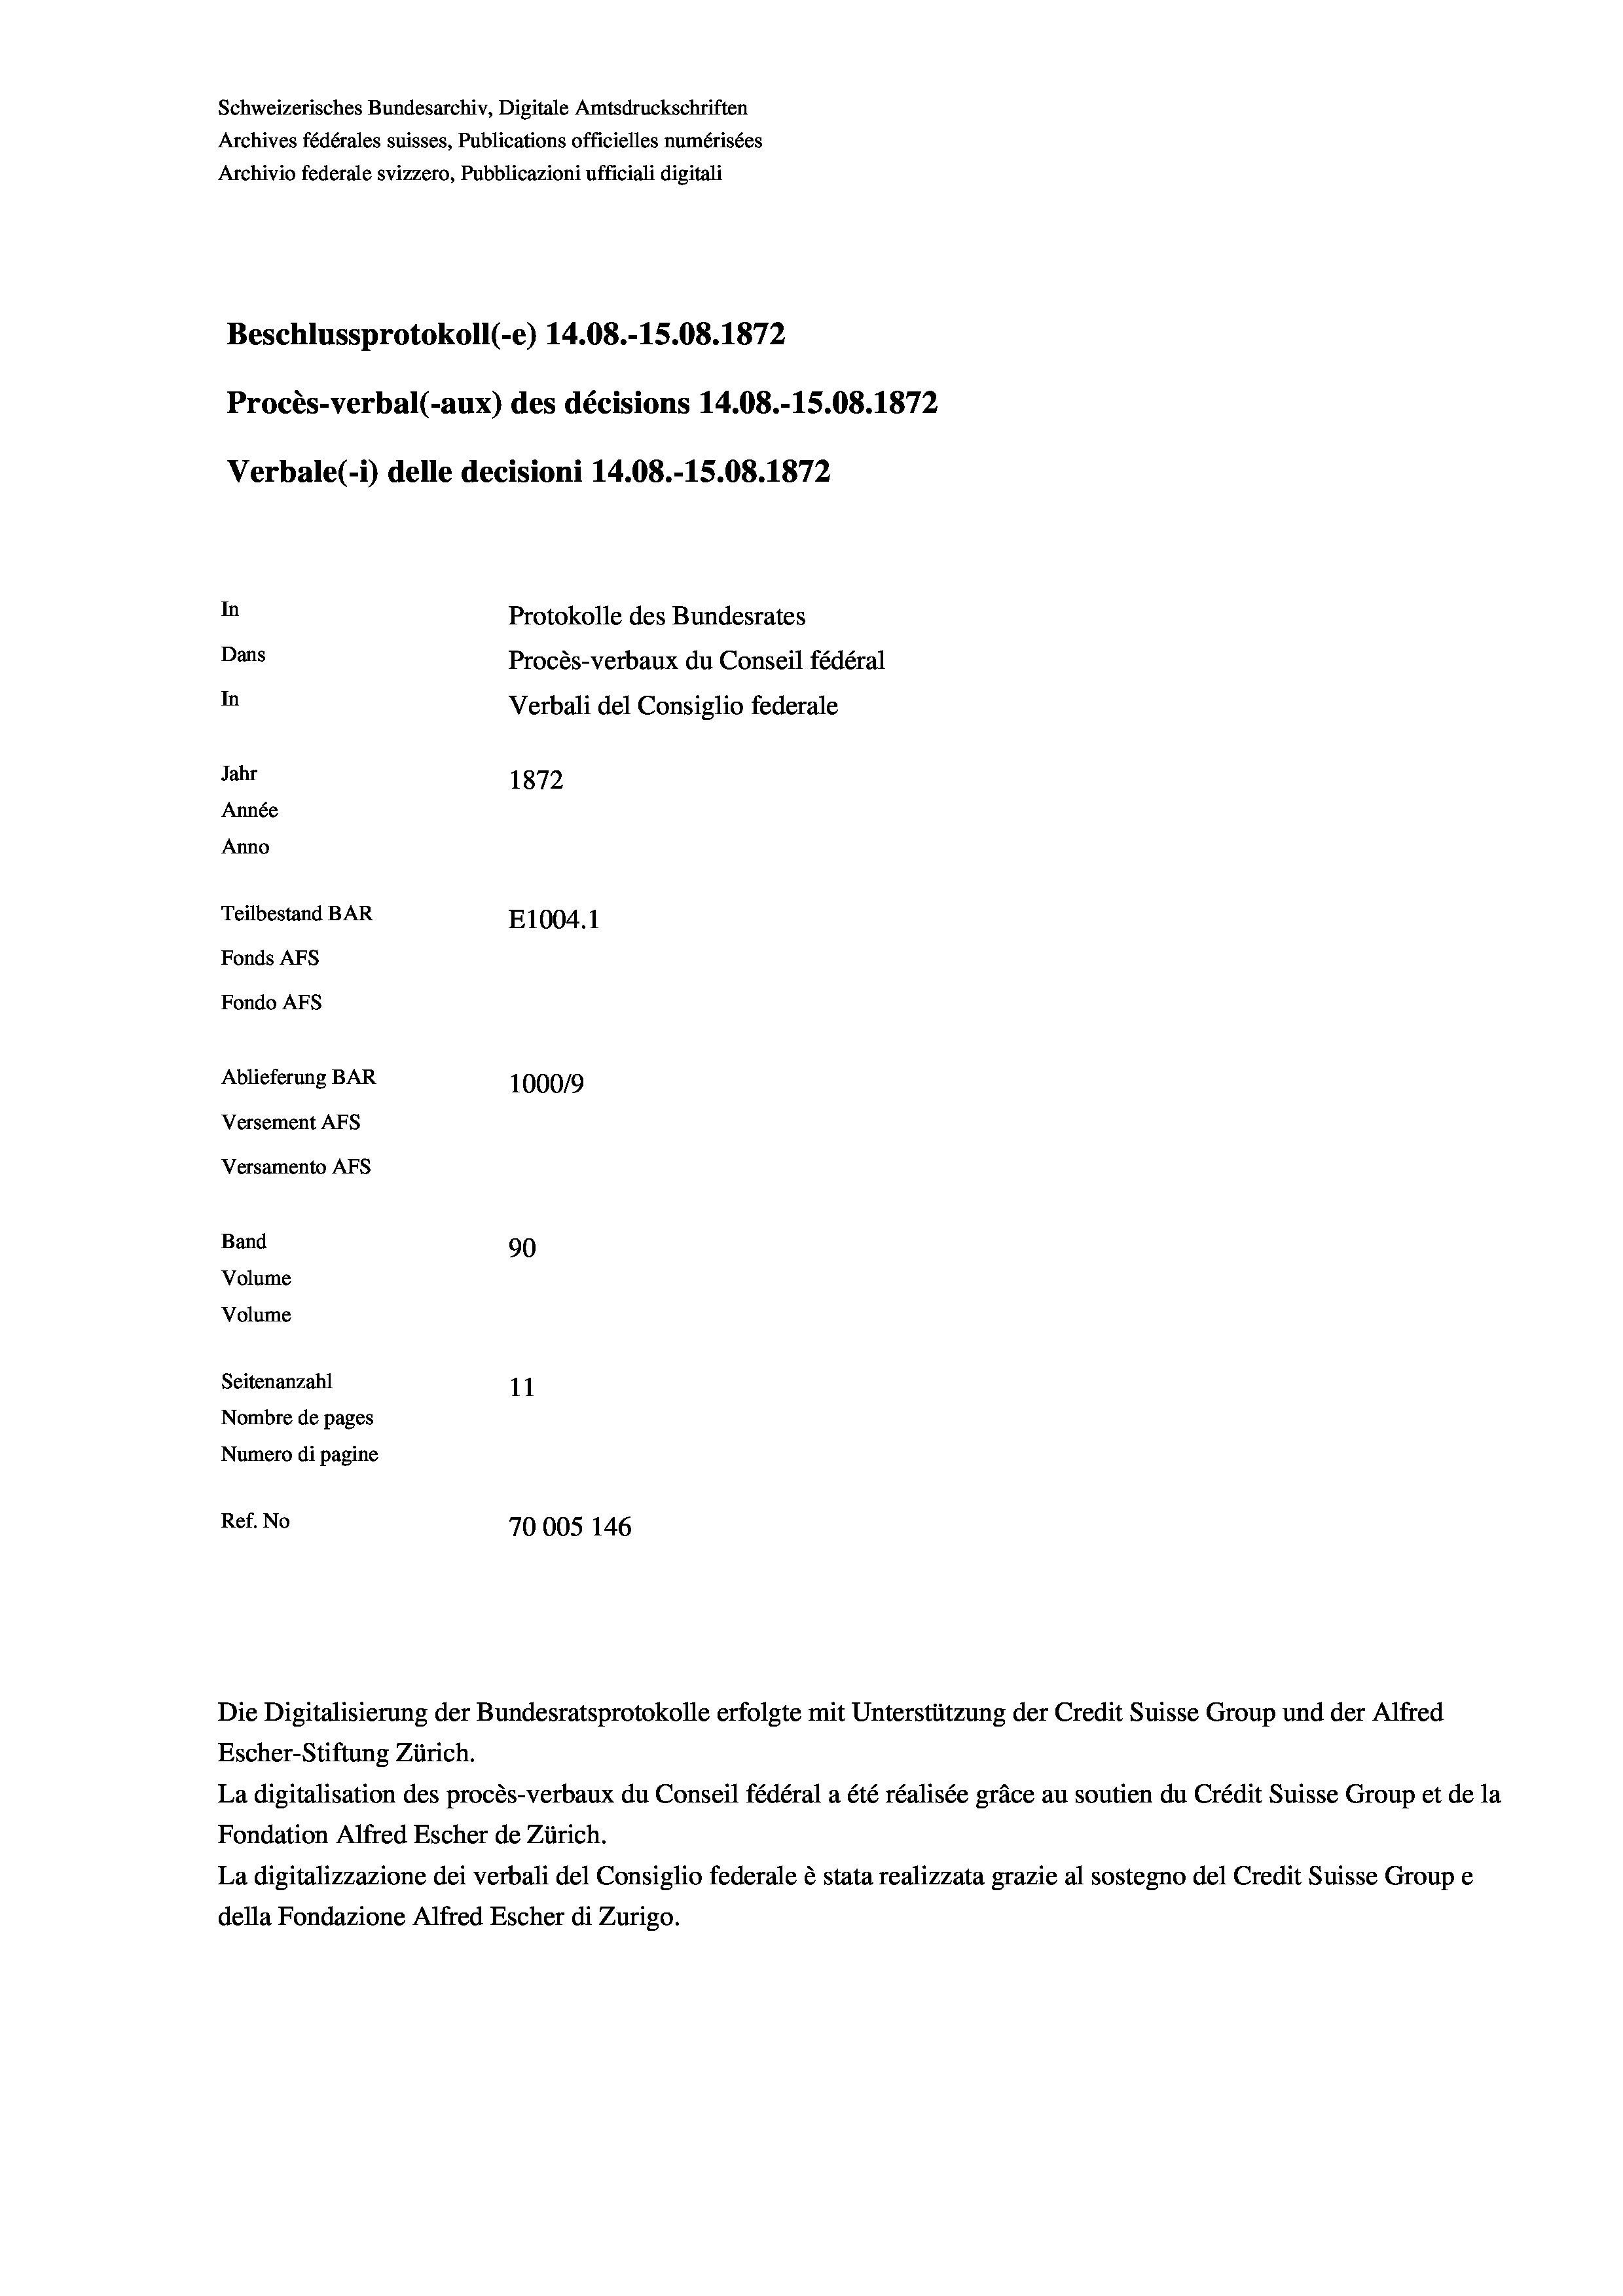
Beschlussprotokoll (-e) 14.08.-15.08. 1872
In
Protokolle des Bundesrates
Dans
Procès-verbaux du Conseil fédéral
In
Verbali del Consiglio federale
Jahr
1872
Année
Anno
Teilbestand BAR
E1004. 1
Fonds AFs
Fondo AFs

Ablieferung BAR
Versement AFs
Versamento Afs
Band
Volume
Volume
Seitenanzahl

1000/9
90
11
Nombre de pages
Numero di pagine
Ref. No
70005 146

Schweizerisches Bundesarchiv, Digitale Amtsdruckschriften
Archives fédérales suisses, Publications officielles numérisées
Archivio federale svizzero, Pubblicazioni ufficiali digitali

Verbale(- 1) delle decisioni 14.08.-15.08. 1872

Procès-verbal (-aux) des décisions 14.08.-15.08. 1872

Escher-Stiftung Zürich.
La digitalisation des procès-verbaux du Conseil fédéral a été réalisée gräce au soutien du Crédit Suisse Group et de la
Fondation Alfred Escher de Zürich.
La digitalizzazione dei verbali del Consiglio federale è stata realizzata grazie al sostegno del Credit Suisse Groupe
della Fondazione Alfred Escher di Zurigo.

Die Digitalisierung der Bundesratsprotokolle erfolgte mit Unterstützung der Credit Suisse Group und der Alfred